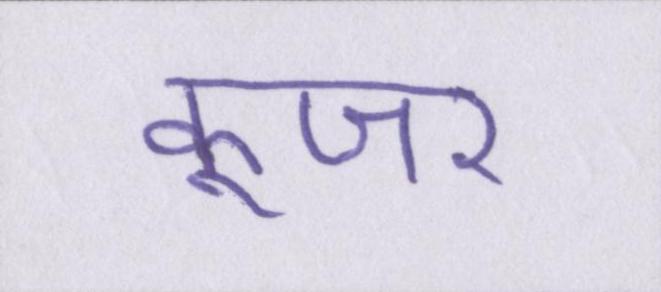
कूजर